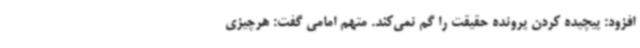
افزود: پیچیده کردن پرونده حقیقت را گم نمی‌کند. متهم امامی گفت:‌ هرچیزی